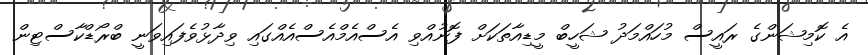
އެ ކޮމިޝަންގެ ރައީސް މުހައްމަދު ޝަހީބް މީޑިއާތަކަށް ފޮނުއްވި އެސްއެމްއެސްއެއްގައި ވިދާޅުވެފައިވަނީ ބްރޯޑްކާސްޓިން